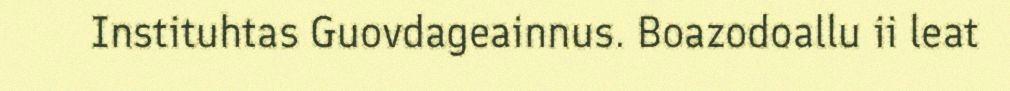
Instituhtas Guovdageainnus. Boazodoallu ii leat